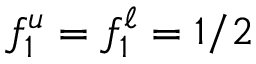
f _ { 1 } ^ { u } = f _ { 1 } ^ { \ell } = 1 / 2